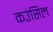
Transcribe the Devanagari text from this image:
कउंसिल